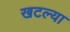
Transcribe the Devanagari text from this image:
खटल्या